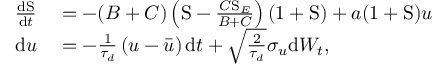
\begin{array} { r l } { \frac { \mathrm { d } \mathrm { S } } { \mathrm { d } t } } & { { } = - ( B + C ) \left( \mathrm { S } - \frac { C \mathrm { S } _ { E } } { B + C } \right) ( 1 + \mathrm { S } ) + a ( 1 + \mathrm { S } ) u } \\ { \mathrm { d } u } & { { } = - \frac { 1 } { \tau _ { d } } \left( u - \bar { u } \right) \mathrm { d } t + \sqrt { \frac { 2 } { \tau _ { d } } } \sigma _ { u } \mathrm { d } W _ { t } , } \end{array}